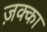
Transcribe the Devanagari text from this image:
ज़क्का